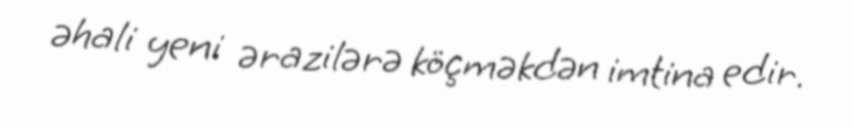
əhali yeni ərazilərə köçməkdən imtina edir.